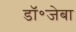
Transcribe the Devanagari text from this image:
डॉ॰जेबा